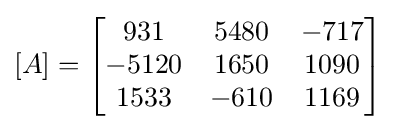
[A]={\begin{bmatrix}931&5480&-717\\-5120&1650&1090\\1533&-610&1169\end{bmatrix}}